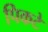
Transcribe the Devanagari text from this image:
पिकटे